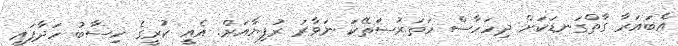
އެބައަރާ ގާތްގަނޑަކަށް ދިހަހާސް ހަތަރުސަތޭކަ ނަވާރަ ރުފިޔާއަށް. އެއީ ކުރީގެ ހިސާބު ހަދާފައި